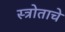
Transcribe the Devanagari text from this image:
स्त्रोताचे